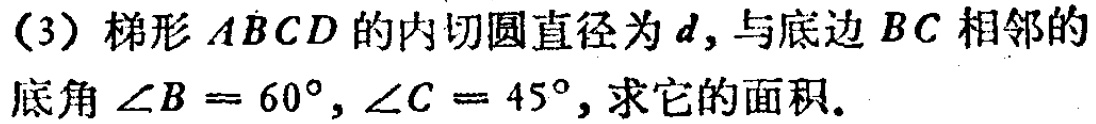
(3) 梯形 \(ABCD\) 的内切圆直径为 \(d\)，与底边 \(BC\) 相邻的底角 \(\angle B = 60^{\circ}\)，\(\angle C = 45^{\circ}\)，求它的面积。